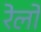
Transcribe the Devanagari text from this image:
रेलो